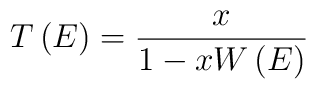
T\left( E\right)={x\over 1-xW\left( E\right)}